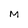
Character: M